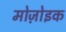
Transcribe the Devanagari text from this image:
मोज़ोइक